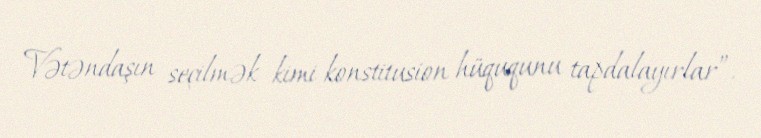
Vətəndaşın seçilmək kimi konstitusion hüququnu tapdalayırlar”.